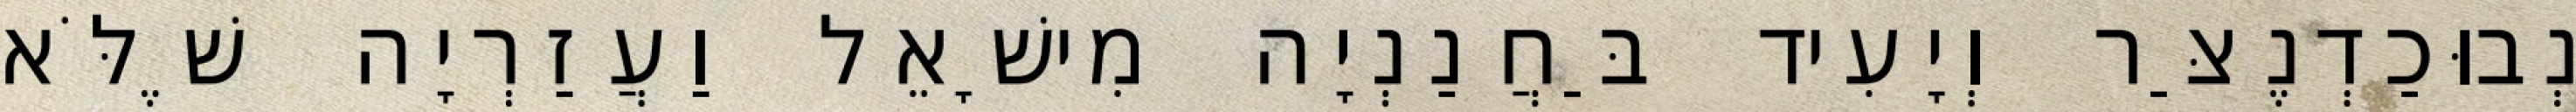
נְבוּכַדְנֶצַּר וְיָעִיד בַּחֲנַנְיָה מִישָׁאֵל וַעֲזַרְיָה שֶׁלֹּא